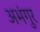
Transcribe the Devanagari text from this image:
अभंगुर